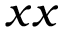
x x